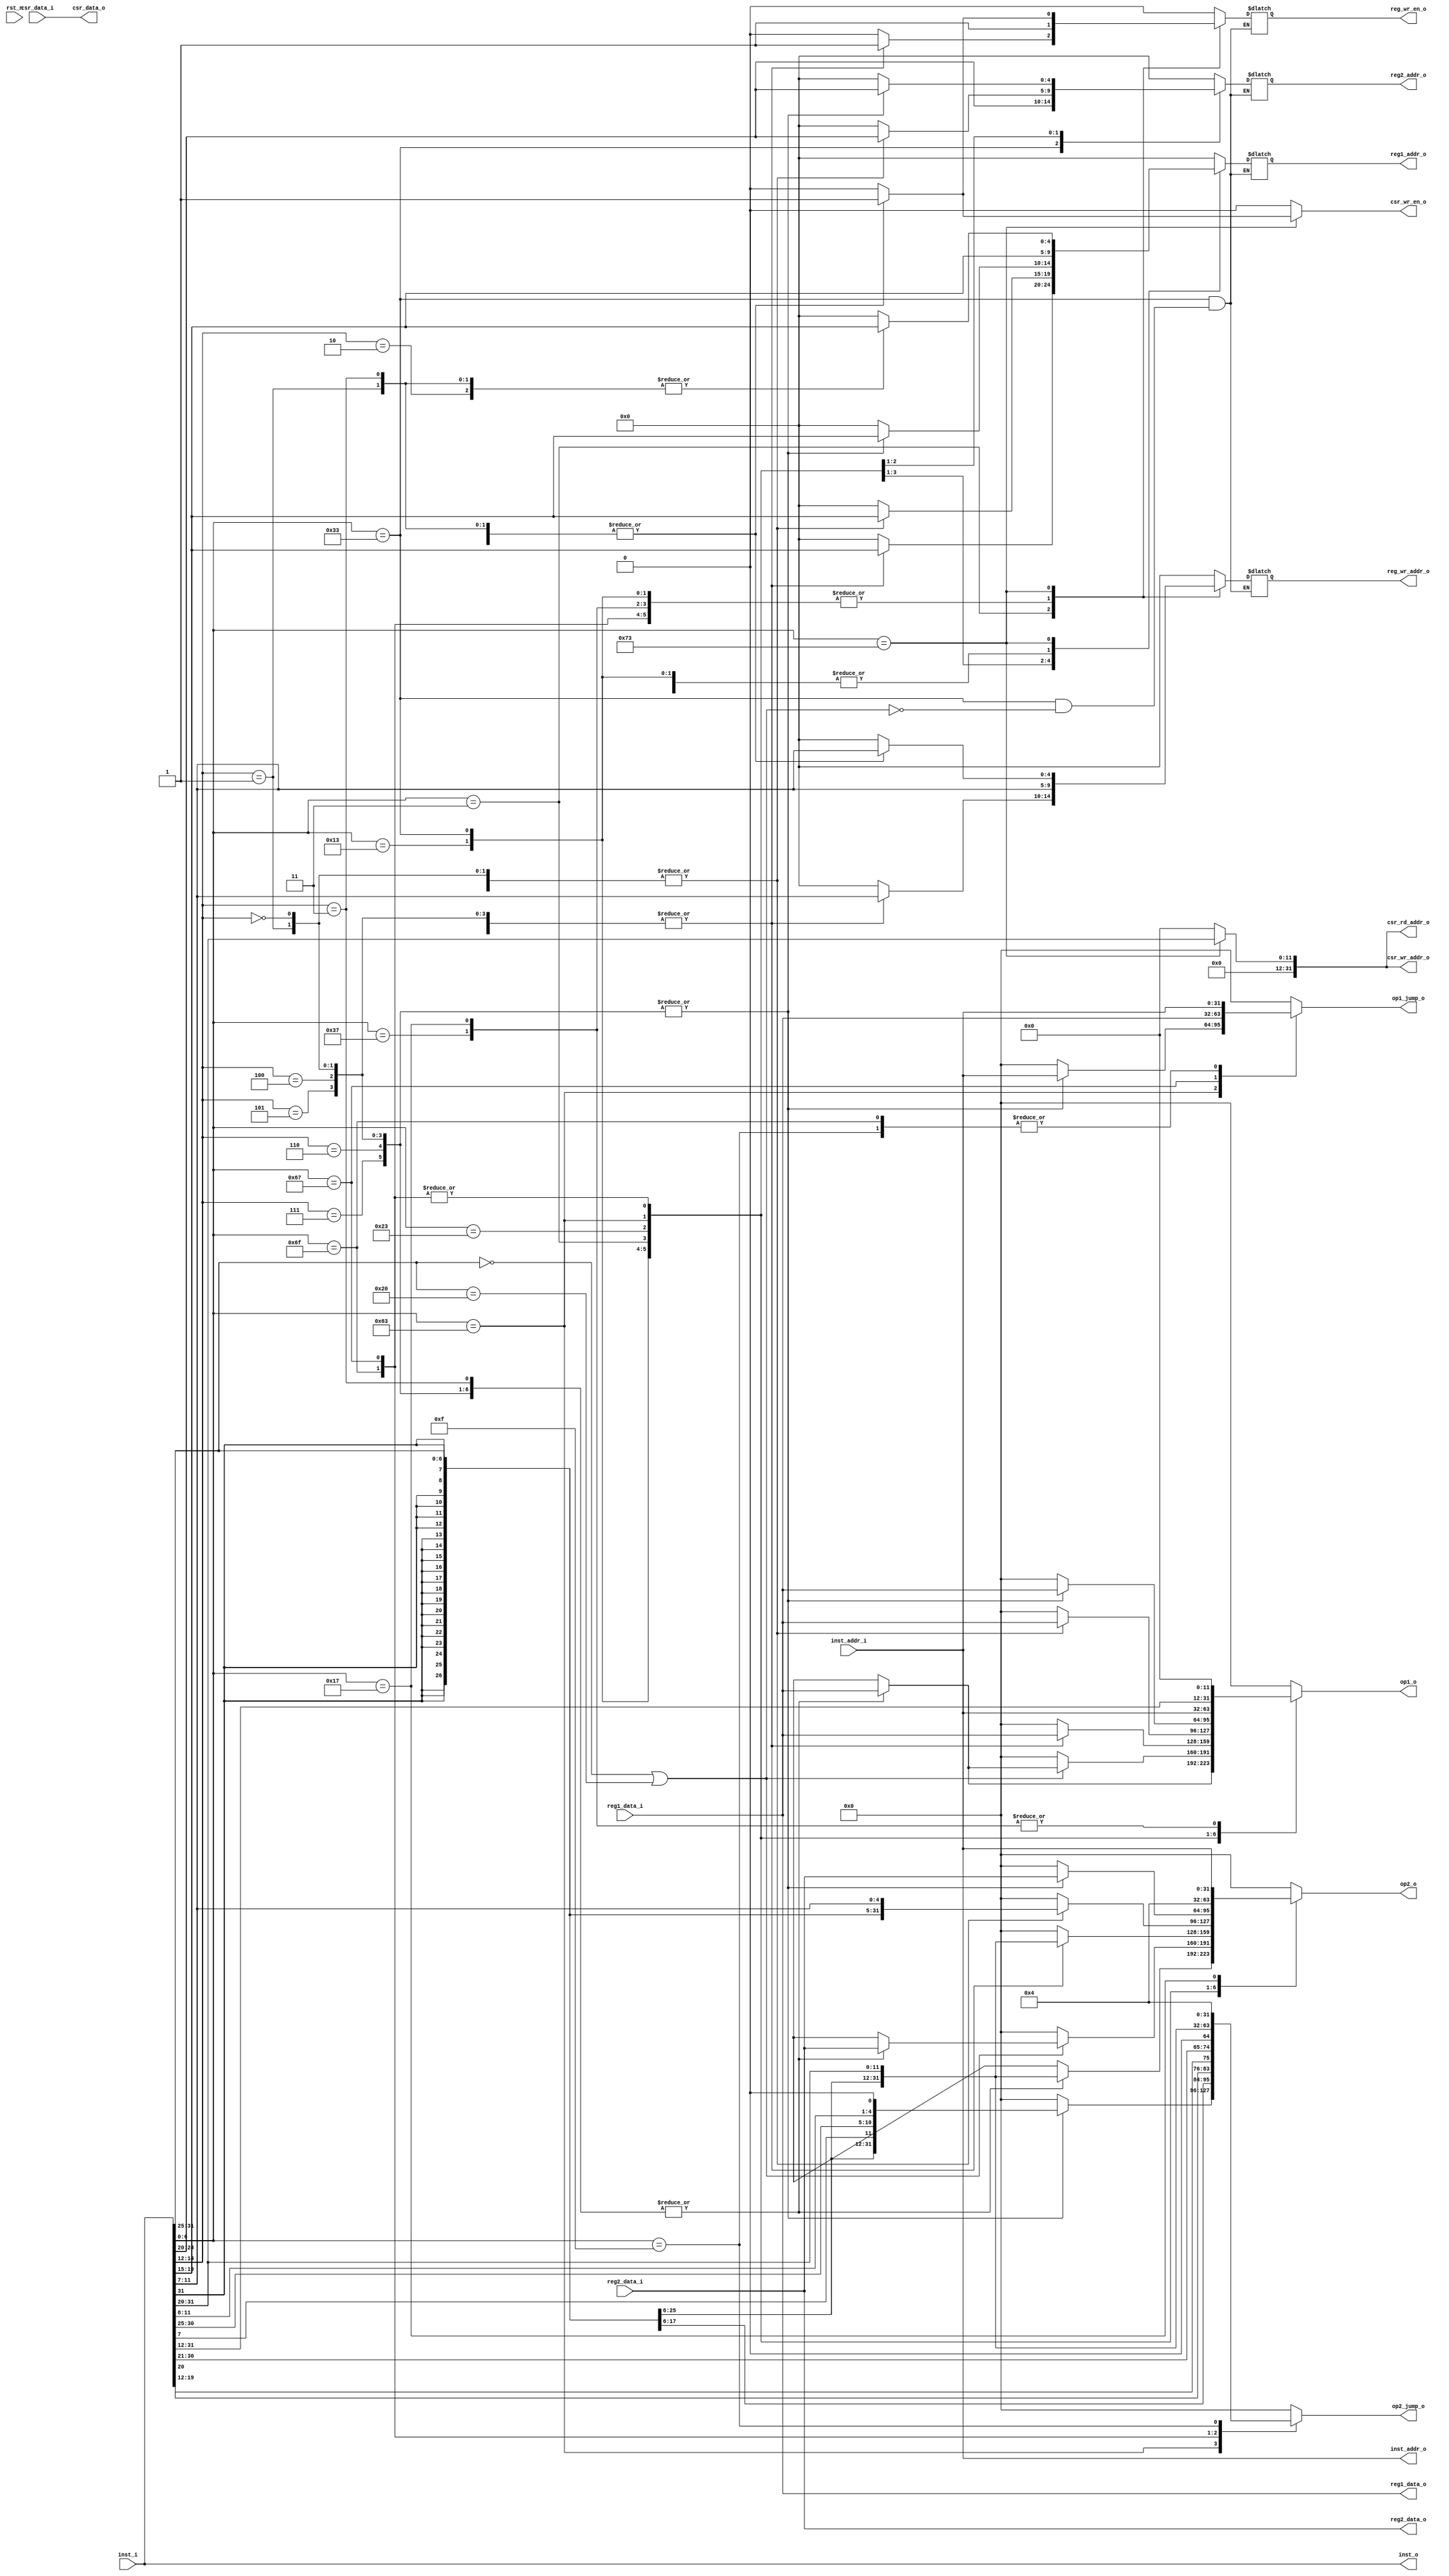
module decode(
input rst_n,
input [31:0] inst_i,
input [31:0] inst_addr_i,
input [31:0] reg1_data_i,
input [31:0] reg2_data_i,
input [31:0] csr_data_i,
output reg [4:0] reg1_addr_o,
output reg [4:0] reg2_addr_o,
output reg [31:0] csr_rd_addr_o,
output reg [31:0] op1_o,
output reg [31:0] op2_o,
output reg [31:0] op1_jump_o,
output reg [31:0] op2_jump_o, 
//output reg mem_req,
output reg [31:0] inst_o,
output reg [31:0] inst_addr_o,
output reg [31:0] reg1_data_o,
output reg [31:0] reg2_data_o,
output reg reg_wr_en_o,
output reg [4:0] reg_wr_addr_o,
output reg csr_wr_en_o,
output reg [31:0] csr_data_o,
output reg [31:0] csr_wr_addr_o
);

wire [6:0] opcode = inst_i[6:0];
wire [4:0] rd = inst_i[11:7];
wire [2:0] funct3 = inst_i[14:12];
wire [4:0] rs1 = inst_i[19:15];
wire [4:0] rs2 = inst_i[24:20];
wire [6:0] funct7 = inst_i[31:25];

always@(*) begin
    inst_o = inst_i;
    inst_addr_o = inst_addr_i;
    reg1_data_o = reg1_data_i;
    reg2_data_o = reg2_data_i;
    csr_data_o = csr_data_i;
    csr_rd_addr_o = 0;
    csr_wr_addr_o = 0;
    csr_wr_en_o = 0;
    op1_o = 0;
	 op2_o = 0;
	 op1_jump_o = 0;
	 op2_jump_o = 0;
	 
	 case(opcode)
		7'b0010011:begin  //I type
			case(funct3)
				3'b000,3'b010,3'b011,3'b100,3'b110,3'b111,3'b001,3'b101:
				begin
					reg_wr_en_o = 1;
					reg_wr_addr_o = rd;
					reg1_addr_o = rs1;
					reg2_addr_o = 0;
					op1_o = reg1_data_i;
					op2_o = {{20{inst_i[31]}}, inst_i[31:20]};
				end
				
				default: 
				begin
                reg_wr_en_o = 0;
                reg_wr_addr_o = 0;
                reg1_addr_o = 0;
                reg2_addr_o = 0;
					 op1_o = 0;
					 op2_o = 0;
            end
			endcase
		end
		
		7'b0110011:begin//R type
			if((funct7 == 7'b000000) || (funct7 == 7'b0100000)) begin  //base instruction
				case (funct3)
					3'b000,3'b010,3'b011,3'b100,3'b110,3'b111,3'b001,3'b101:
					begin
						reg_wr_en_o = 1;
						reg_wr_addr_o = rd;
						reg1_addr_o = rs1;
						reg2_addr_o = rs2;
						op1_o = reg1_data_i;
						op2_o = reg2_data_i;
					end
					
					default:
					begin
						reg_wr_en_o = 0;
						reg_wr_addr_o = 0;
						reg1_addr_o = 0;
						reg2_addr_o = 0;
						op1_o = 0;
						op2_o = 0;
					end
				endcase
			end
//			else if (funct7 == 7'b0000001) begin//standard extension 
//				case(funct3)
//					3'b000,3'b001,3'b010,3'b011:begin  //multiplication
//						reg_wr_en_o = 1;
//						reg_wr_addr_o = rd;
//						reg1_addr_o = rs1;
//						reg2_addr_o = rs2;
//						op1_o = reg1_data_i;
//						op2_o = reg2_data_i;
//					end
//					
//					3'b100, 3'b101, 3'b110, 3'b111:begin // division, may change later
//						reg_wr_en_o = 1;
//						reg_wr_addr_o = rd;
//						reg1_addr_o = rs1;
//						reg2_addr_o = rs2;
//						op1_o = reg1_data_i;
//						op2_o = reg2_data_i;
//					end
//					
//					default:
//					begin
//						reg_wr_en_o = 0;
//						reg_wr_addr_o = 0;
//						reg1_addr_o = 0;
//						reg2_addr_o = 0;
//						op1_o = 0;
//						op2_o = 0;
//					end
//				endcase
//			end
		end
		7'b0000011:begin//load
			case(funct3)
				3'b000,3'b001,3'b010,3'b100,3'b101:begin
					reg1_addr_o = rs1;
					reg2_addr_o = 0;
					reg_wr_en_o = 1;
					reg_wr_addr_o = rd;
					op1_o = reg1_data_i;
					op2_o = {{20{inst_i[31]}},inst_i[31:20]};
				end
				default:begin
					reg_wr_en_o = 0;
					reg_wr_addr_o = 0;
					reg1_addr_o = 0;
					reg2_addr_o = 0;
					op1_o = 0;
					op2_o = 0;
				end
			endcase
		end
		
		7'b0100011:begin//store
			case(funct3)
				3'b000,3'b001,3'b010:begin
					reg1_addr_o = rs1;
					reg2_addr_o = rs2;
					reg_wr_en_o = 0; 
					reg_wr_addr_o = 0;
					op1_o = reg1_data_i ;
					op2_o = {{20{inst_i[31]}}, inst_i[31:25], inst_i[11:7]};
				end
				default:begin
					reg_wr_en_o = 0;
					reg_wr_addr_o = 0;
					reg1_addr_o = 0;
					reg2_addr_o = 0;
					op1_o = 0;
					op2_o = 0;
				end
			endcase
		end
		
		7'b1100011:begin//Branch type
			case(funct3)
				3'b000,3'b001,3'b100,3'b101,3'b110,3'b111:begin
					reg1_addr_o = rs1;
					reg2_addr_o = rs2;
					reg_wr_en_o = 0;
					reg_wr_addr_o = 0;
					op1_o = reg1_data_i;
					op2_o = reg2_data_i;
					op1_jump_o = inst_addr_i;
					op2_jump_o = {{20{inst_i[31]}}, inst_i[7], inst_i[30:25], inst_i[11:8], 1'b0};
				end
				default:begin
					reg_wr_en_o = 0;
					reg_wr_addr_o = 0;
					reg1_addr_o = 0;
					reg2_addr_o = 0;
					op1_o = 0;
					op2_o = 0;
				end
			endcase
		end
		
		7'b1101111:begin//JAL
			reg1_addr_o = 0;
			reg2_addr_o = 0;
			reg_wr_en_o = 1;
			reg_wr_addr_o = rd;
			op1_o = inst_addr_i;
			op2_o = 32'h4;
			op1_jump_o = inst_addr_i;
			op2_jump_o = {{12{inst_i[31]}}, inst_i[19:12], inst_i[20], inst_i[30:21], 1'b0};
		end
		
		7'b1100111:begin//JALR
			reg1_addr_o = rs1;
			reg2_addr_o = 0;
			reg_wr_en_o = 1;
			reg_wr_addr_o = rd;
			op1_o = inst_addr_i;
			op2_o = 32'h4;
			op1_jump_o = reg1_data_i;
			op2_jump_o = {{20{inst_i[31]}}, inst_i[31:20]};
		end
		
		7'b0110111:begin//LUI
			reg_wr_en_o = 1;
			reg_wr_addr_o = rd; 
			reg1_addr_o = 0;
			reg2_addr_o = 0;
			op1_o = {inst_i[31:12], 12'b0};
			op2_o = 0;
		end
		
		7'b0010111:begin//AUIPC
			reg_wr_en_o = 1;
			reg_wr_addr_o = rd; 
			reg1_addr_o = 0;
			reg2_addr_o = 0;
			op1_o = {inst_i[31:12], 12'b0};
			op2_o = inst_addr_i;
		end
		
		7'b0000001:begin//NOP
			reg_wr_en_o = 0;
			reg_wr_addr_o = 0;
			reg1_addr_o = 0;
			reg2_addr_o = 0;
			op1_o = 0;
			op2_o = 0;
		end
		
		7'b0001111:begin//FENCE
			reg_wr_en_o = 0;
			reg_wr_addr_o = 0;
			reg1_addr_o = 0;
			reg2_addr_o = 0;
			op1_jump_o = inst_addr_i;
			op2_jump_o = 32'h4;
		end
		
		7'b1110011:begin//CSR
			reg_wr_en_o = 0;
			reg_wr_addr_o = 0;
			reg1_addr_o = 0;
			reg2_addr_o = 0;
			csr_rd_addr_o = {20'h0, inst_i[31:20]};
         csr_wr_addr_o = {20'h0, inst_i[31:20]};
			case(funct3)
				3'b001,3'b010,3'b011:begin
					reg1_addr_o = rs1;
					reg2_addr_o = 0;
					reg_wr_en_o = 1;
					reg_wr_addr_o = rd;
					csr_wr_en_o = 1;
				end
				3'b101,3'b110,3'b111:begin
					reg1_addr_o = 0;
					reg2_addr_o = 0;
					reg_wr_en_o = 1;
					reg_wr_addr_o = rd;
					csr_wr_en_o = 1;
				end
				
				default:begin
					reg_wr_en_o = 0;
					reg_wr_addr_o = 0;
					reg1_addr_o = 0;
					reg2_addr_o = 0;
					csr_wr_en_o = 0;
				end
			endcase
		end
		default:begin
			reg_wr_en_o = 0;
			reg_wr_addr_o = 0;
			reg1_addr_o = 0;
			reg2_addr_o = 0;
			csr_wr_en_o = 0;
		end
	 endcase
end

endmodule